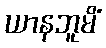
ယာနဘူမိံ